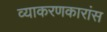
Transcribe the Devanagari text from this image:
व्याकरणकारांस